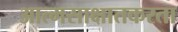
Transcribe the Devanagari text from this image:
आत्मसाक्षातकरता